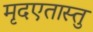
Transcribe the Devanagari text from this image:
मृदएतास्तु